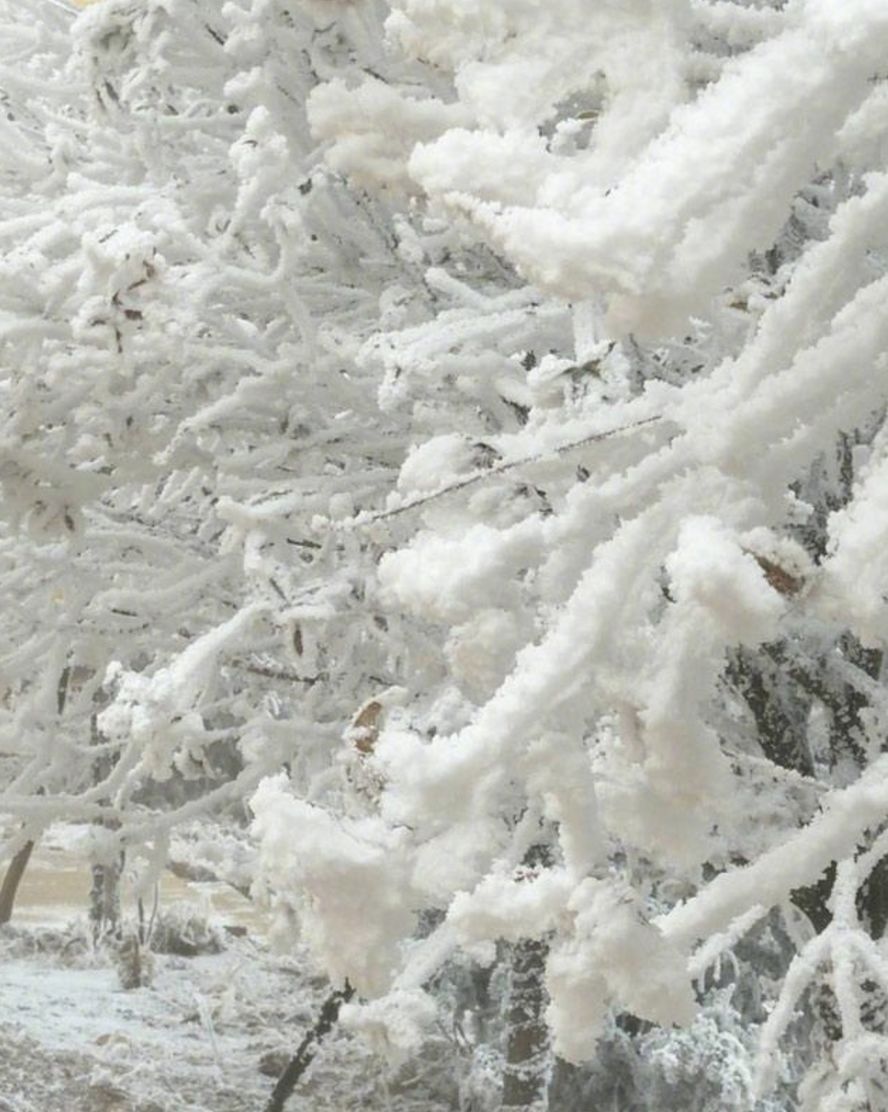
穷冬烈风，大雪深数尺，足肤皲裂而不知。